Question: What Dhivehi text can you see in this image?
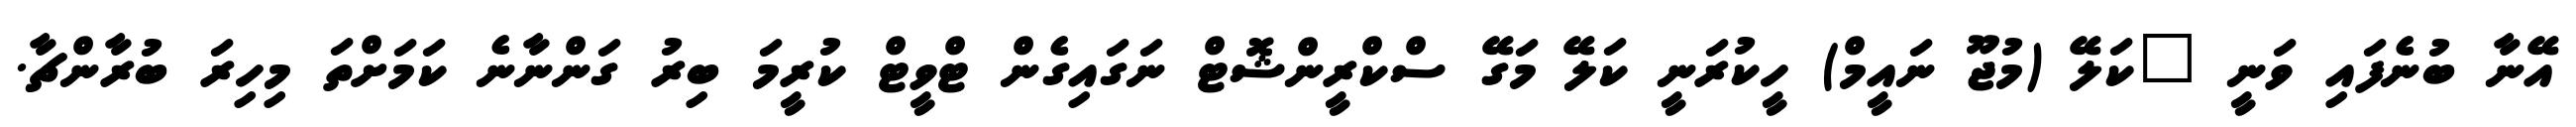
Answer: އޭނާ ބުނެފައި ވަނީ "ކަލޭ (މުޖޫ ނައީމް) ހީކުރަނީ ކަލޭ މަގޭ ސްކްރީންޝޮޓް ނަގައިގެން ޓްވީޓް ކުރީމަ ބިރު ގަންނާނެ ކަމަށްތަ މިހިރަ ބުރާންޗާ.